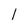
Character: l